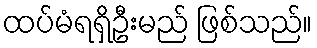
ထပ်မံရရှိဦးမည် ဖြစ်သည်။